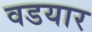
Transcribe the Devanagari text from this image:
वडयार